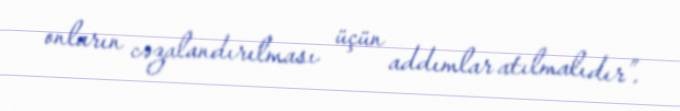
onların cəzalandırılması üçün addımlar atılmalıdır”.